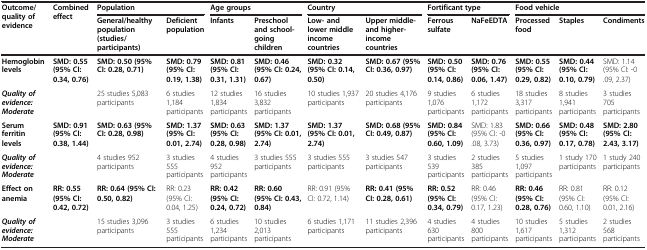
<table><thead><tr><td rowspan="2"><b>Outcome/quality of evidence</b></td><td rowspan="2"><b>Combined effect</b></td><td colspan="2"><b>Population</b></td><td colspan="2"><b>Age groups</b></td><td colspan="2"><b>Country</b></td><td colspan="2"><b>Fortificant type</b></td><td colspan="3"><b>Food vehicle</b></td></tr><tr><td><b>General/healthy population (studies/ participants)</b></td><td><b>Deficient population</b></td><td><b>Infants</b></td><td><b>Preschool and school- going children</b></td><td><b>Low- and lower middle income countries</b></td><td><b>Upper middle- and higher-income countries</b></td><td><b>Ferrous sulfate</b></td><td><b>NaFeEDTA</b></td><td><b>Processed food</b></td><td><b>Staples</b></td><td><b>Condiments</b></td></tr></thead><tbody><tr><td><b>Hemoglobin levels</b></td><td><b>SMD: 0.55 (95% CI: 0.34, 0.76)</b></td><td><b>SMD: 0.50 (95% CI: 0.28, 0.71)</b></td><td><b>SMD: 0.79 (95% CI: 0.19, 1.38)</b></td><td><b>SMD: 0.81 (95% CI: 0.31, 1.31)</b></td><td><b>SMD: 0.46 (95% CI: 0.24, 0.67)</b></td><td><b>SMD: 0.32 (95% CI: 0.14, 0.50)</b></td><td><b>SMD: 0.67 (95% CI: 0.36, 0.97)</b></td><td><b>SMD: 0.50 (95% CI: 0.14, 0.86)</b></td><td><b>SMD: 0.76 (95% CI: 0.06, 1.47)</b></td><td><b>SMD: 0.55 (95% CI: 0.29, 0.82)</b></td><td><b>SMD: 0.44 (95% CI: 0.10, 0.79)</b></td><td>SMD: 1.14 (95% CI: -0.09, 2.37)</td></tr><tr><td><b><i>Quality of evidence: Moderate</i></b></td><td> </td><td>25 studies 5,083 participants</td><td>6 studies 1,184 participants</td><td>12 studies 1,834 participants</td><td>16 studies 3,832 participants</td><td>10 studies 1,937 participants</td><td>20 studies 4,176 participants</td><td>9 studies 1,076 participants</td><td>6 studies 1,172 participants</td><td>18 studies 3,317 participants</td><td>8 studies 1,941 participants</td><td>3 studies 705 participants</td></tr><tr><td><b>Serum ferritin levels</b></td><td><b>SMD: 0.91 (95% CI: 0.38, 1.44)</b></td><td><b>SMD: 0.63 (95% CI: 0.28, 0.98)</b></td><td><b>SMD: 1.37 (95% CI: 0.01, 2.74)</b></td><td><b>SMD: 0.63 (95% CI: 0.28, 0.98)</b></td><td><b>SMD: 1.37 (95% CI: 0.01, 2.74)</b></td><td><b>SMD: 1.37 (95% CI: 0.01, 2.74)</b></td><td><b>SMD: 0.68 (95% CI: 0.49, 0.87)</b></td><td><b>SMD: 0.84 (95% CI: 0.60, 1.09)</b></td><td>SMD: 1.83 (95% CI: -0.08, 3.73)</td><td><b>SMD: 0.66 (95% CI: 0.36, 0.97)</b></td><td><b>SMD: 0.48 (95% CI: 0.17, 0.78)</b></td><td><b>SMD: 2.80 (95% CI: 2.43, 3.17)</b></td></tr><tr><td><b><i>Quality of evidence: Moderate</i></b></td><td> </td><td>4 studies 952 participants</td><td>3 studies 555 participants</td><td>4 studies 952 participants</td><td>3 studies 555 participants</td><td>3 studies 555 participants</td><td>3 studies 547 participants</td><td>3 studies 539 participants</td><td>2 studies 385 participants</td><td>5 studies 1,097 participants</td><td>1 study 170 participants</td><td>1 study 240 participants</td></tr><tr><td><b>Effect on anemia</b></td><td><b>RR: 0.55 (95% CI: 0.42, 0.72)</b></td><td><b>RR: 0.64 (95% CI: 0.50, 0.82)</b></td><td>RR: 0.23 (95% CI: 0.04, 1.25)</td><td><b>RR: 0.42 (95% CI: 0.24, 0.72)</b></td><td><b>RR: 0.60 (95% CI: 0.43, 0.84)</b></td><td>RR: 0.91 (95% CI: 0.72, 1.14)</td><td><b>RR: 0.41 (95% CI: 0.28, 0.61)</b></td><td><b>RR: 0.52 (95% CI: 0.34, 0.79)</b></td><td>RR: 0.46 (95% CI: 0.17, 1.23)</td><td><b>RR: 0.46 (95% CI: 0.28, 0.76)</b></td><td>RR: 0.81 (95% CI: 0.60, 1.10)</td><td>RR: 0.12 (95% CI: 0.01, 2.16)</td></tr><tr><td><b><i>Quality of evidence: Moderate</i></b></td><td> </td><td>15 studies 3,096 participants</td><td>3 studies 555 participants</td><td>6 studies 1,234 participants</td><td>10 studies 2,013 participants</td><td>6 studies 1,171 participants</td><td>11 studies 2,396 participants</td><td>4 studies 630 participants</td><td>4 studies 800 participants</td><td>10 studies 1,617 participants</td><td>5 studies 1,312 participants</td><td>2 studies 568 participants</td></tr></tbody></table>